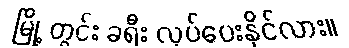
မြို့ တွင်း ခရီး လုပ်ပေးနိုင်လား။